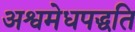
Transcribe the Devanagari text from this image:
अश्वमेधपद्धति